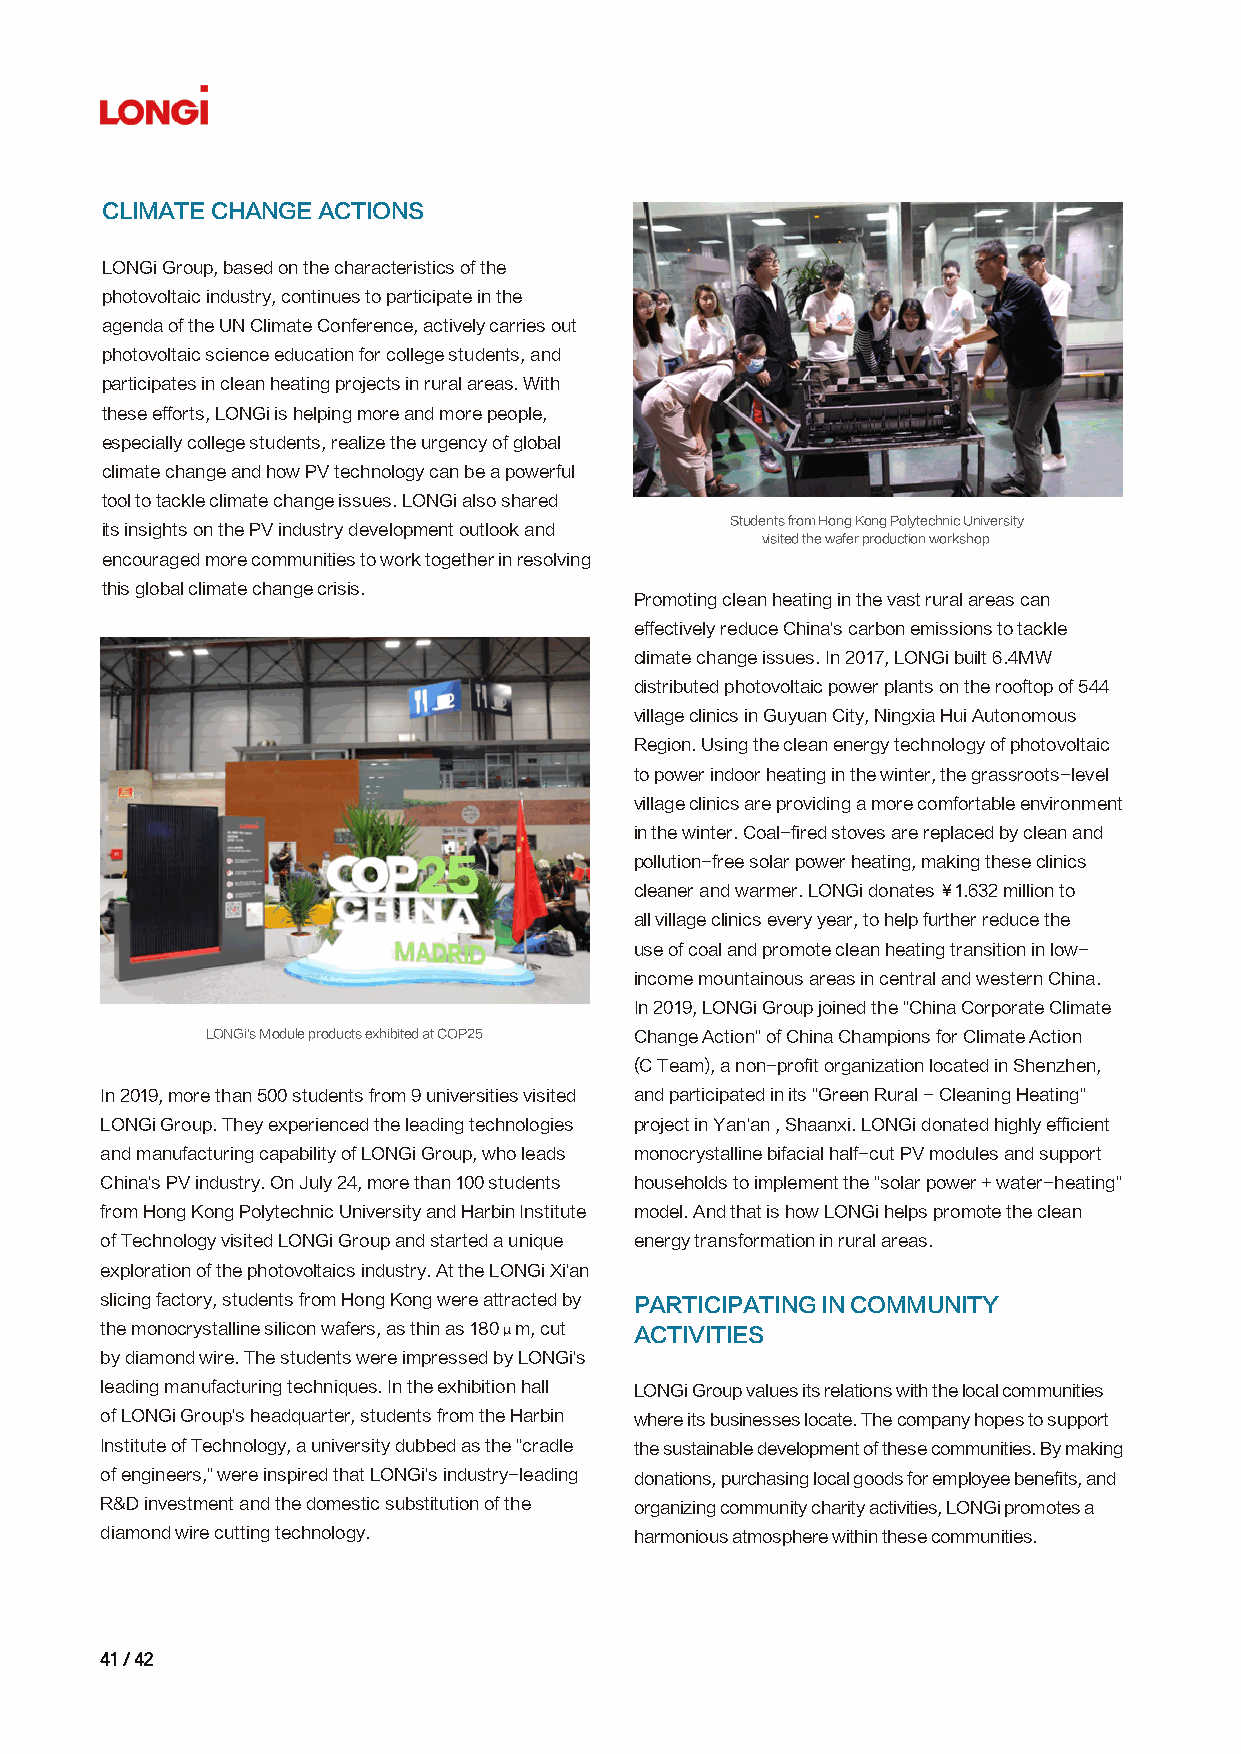
CLIMATE CHANGE ACTIONS
 LONGi Group, based on the characteristics of the
 photovoltaic industry, continues to participate in the
 agenda of the UN Climate Conference, actively carries out
 photovoltaic science education for college students, and
 participates in clean heating projects in rural areas. With
 these efforts, LONGi is helping more and more people,
 especially college students, realize the urgency of global
 climate change and how PV technology can be a powerful
 tool to tackle climate change issues. LONGi also shared
 Students from Hong Kong Polytechnic University
 its insights on the PV industry development outlook and
 visited the wafer production workshop
 encouraged more communities to work together in resolving
 this global climate change crisis.
 Promoting clean heating in the vast rural areas can
 effectively reduce China's carbon emissions to tackle
 climate change issues. In 2017, LONGi built 6.4MW
 distributed photovoltaic power plants on the rooftop of 544
 village clinics in Guyuan City, Ningxia Hui Autonomous
 Region. Using the clean energy technology of photovoltaic
 to power indoor heating in the winter, the grassroots-level
 village clinics are providing a more comfortable environment
 in the winter. Coal-fired stoves are replaced by clean and
 pollution-free solar power heating, making these clinics
 cleaner and warmer. LONGi donates ¥1.632 million to
 all village clinics every year, to help further reduce the
 use of coal and promote clean heating transition in low-
 income mountainous areas in central and western China.
 In 2019, LONGi Group joined the "China Corporate Climate
 LONGi's Module products exhibited at COP25 Change Action" of China Champions for Climate Action
 (C Team), a non-profit organization located in Shenzhen,
 In 2019, more than 500 students from 9 universities visited and participated in its "Green Rural - Cleaning Heating"
 LONGi Group. They experienced the leading technologies project in Yan'an , Shaanxi. LONGi donated highly efficient
 and manufacturing capability of LONGi Group, who leads monocrystalline bifacial half-cut PV modules and support
 China's PV industry. On July 24, more than 100 students households to implement the "solar power + water-heating"
 from Hong Kong Polytechnic University and Harbin Institute model. And that is how LONGi helps promote the clean
 of Technology visited LONGi Group and started a unique energy transformation in rural areas.
 exploration of the photovoltaics industry. At the LONGi Xi'an
 slicing factory, students from Hong Kong were attracted by PARTICIPATING IN COMMUNITY
 the monocrystalline silicon wafers, as thin as 180μm, cut ACTIVITIES
 by diamond wire. The students were impressed by LONGi's
 leading manufacturing techniques. In the exhibition hall LONGi Group values its relations with the local communities
 of LONGi Group's headquarter, students from the Harbin where its businesses locate. The company hopes to support
 Institute of Technology, a university dubbed as the "cradle the sustainable development of these communities. By making
 of engineers," were inspired that LONGi's industry-leading donations, purchasing local goods for employee benefits, and
 R&D investment and the domestic substitution of the organizing community charity activities, LONGi promotes a
 diamond wire cutting technology.   harmonious atmosphere within these communities.
 4411 // 4422